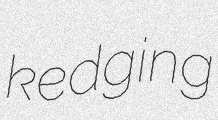
kedging